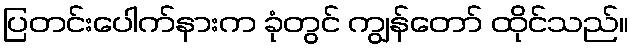
ပြတင်းပေါက်နားက ခုံတွင် ကျွန်တော် ထိုင်သည်။